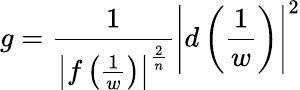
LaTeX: g={\frac{1}{\left|f\left({\frac{1}{w}}\right)\right|^{\frac{2}{n}}}}\left|d\left({\frac{1}{w}}\right)\right|^{2}